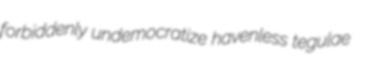
forbiddenly undemocratize havenless tegulae